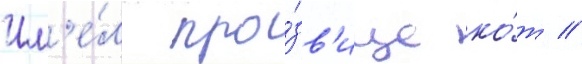
Им'е́л про́зв'ище ко́т //